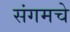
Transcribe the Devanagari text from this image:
संगमचे